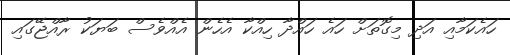
ހައެކަމާއި އަދި މިގޮތަށް ހައެ ހައްދާ ހިއްކާ އެހެން އެއްވެސް ބަޔަކު ރާއްޖޭގައި